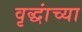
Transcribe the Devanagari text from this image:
वृद्धांच्या